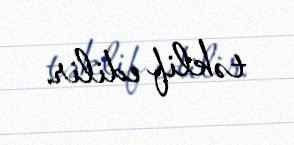
təklif edilir.